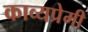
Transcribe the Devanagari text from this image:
काव्यप्रेमी